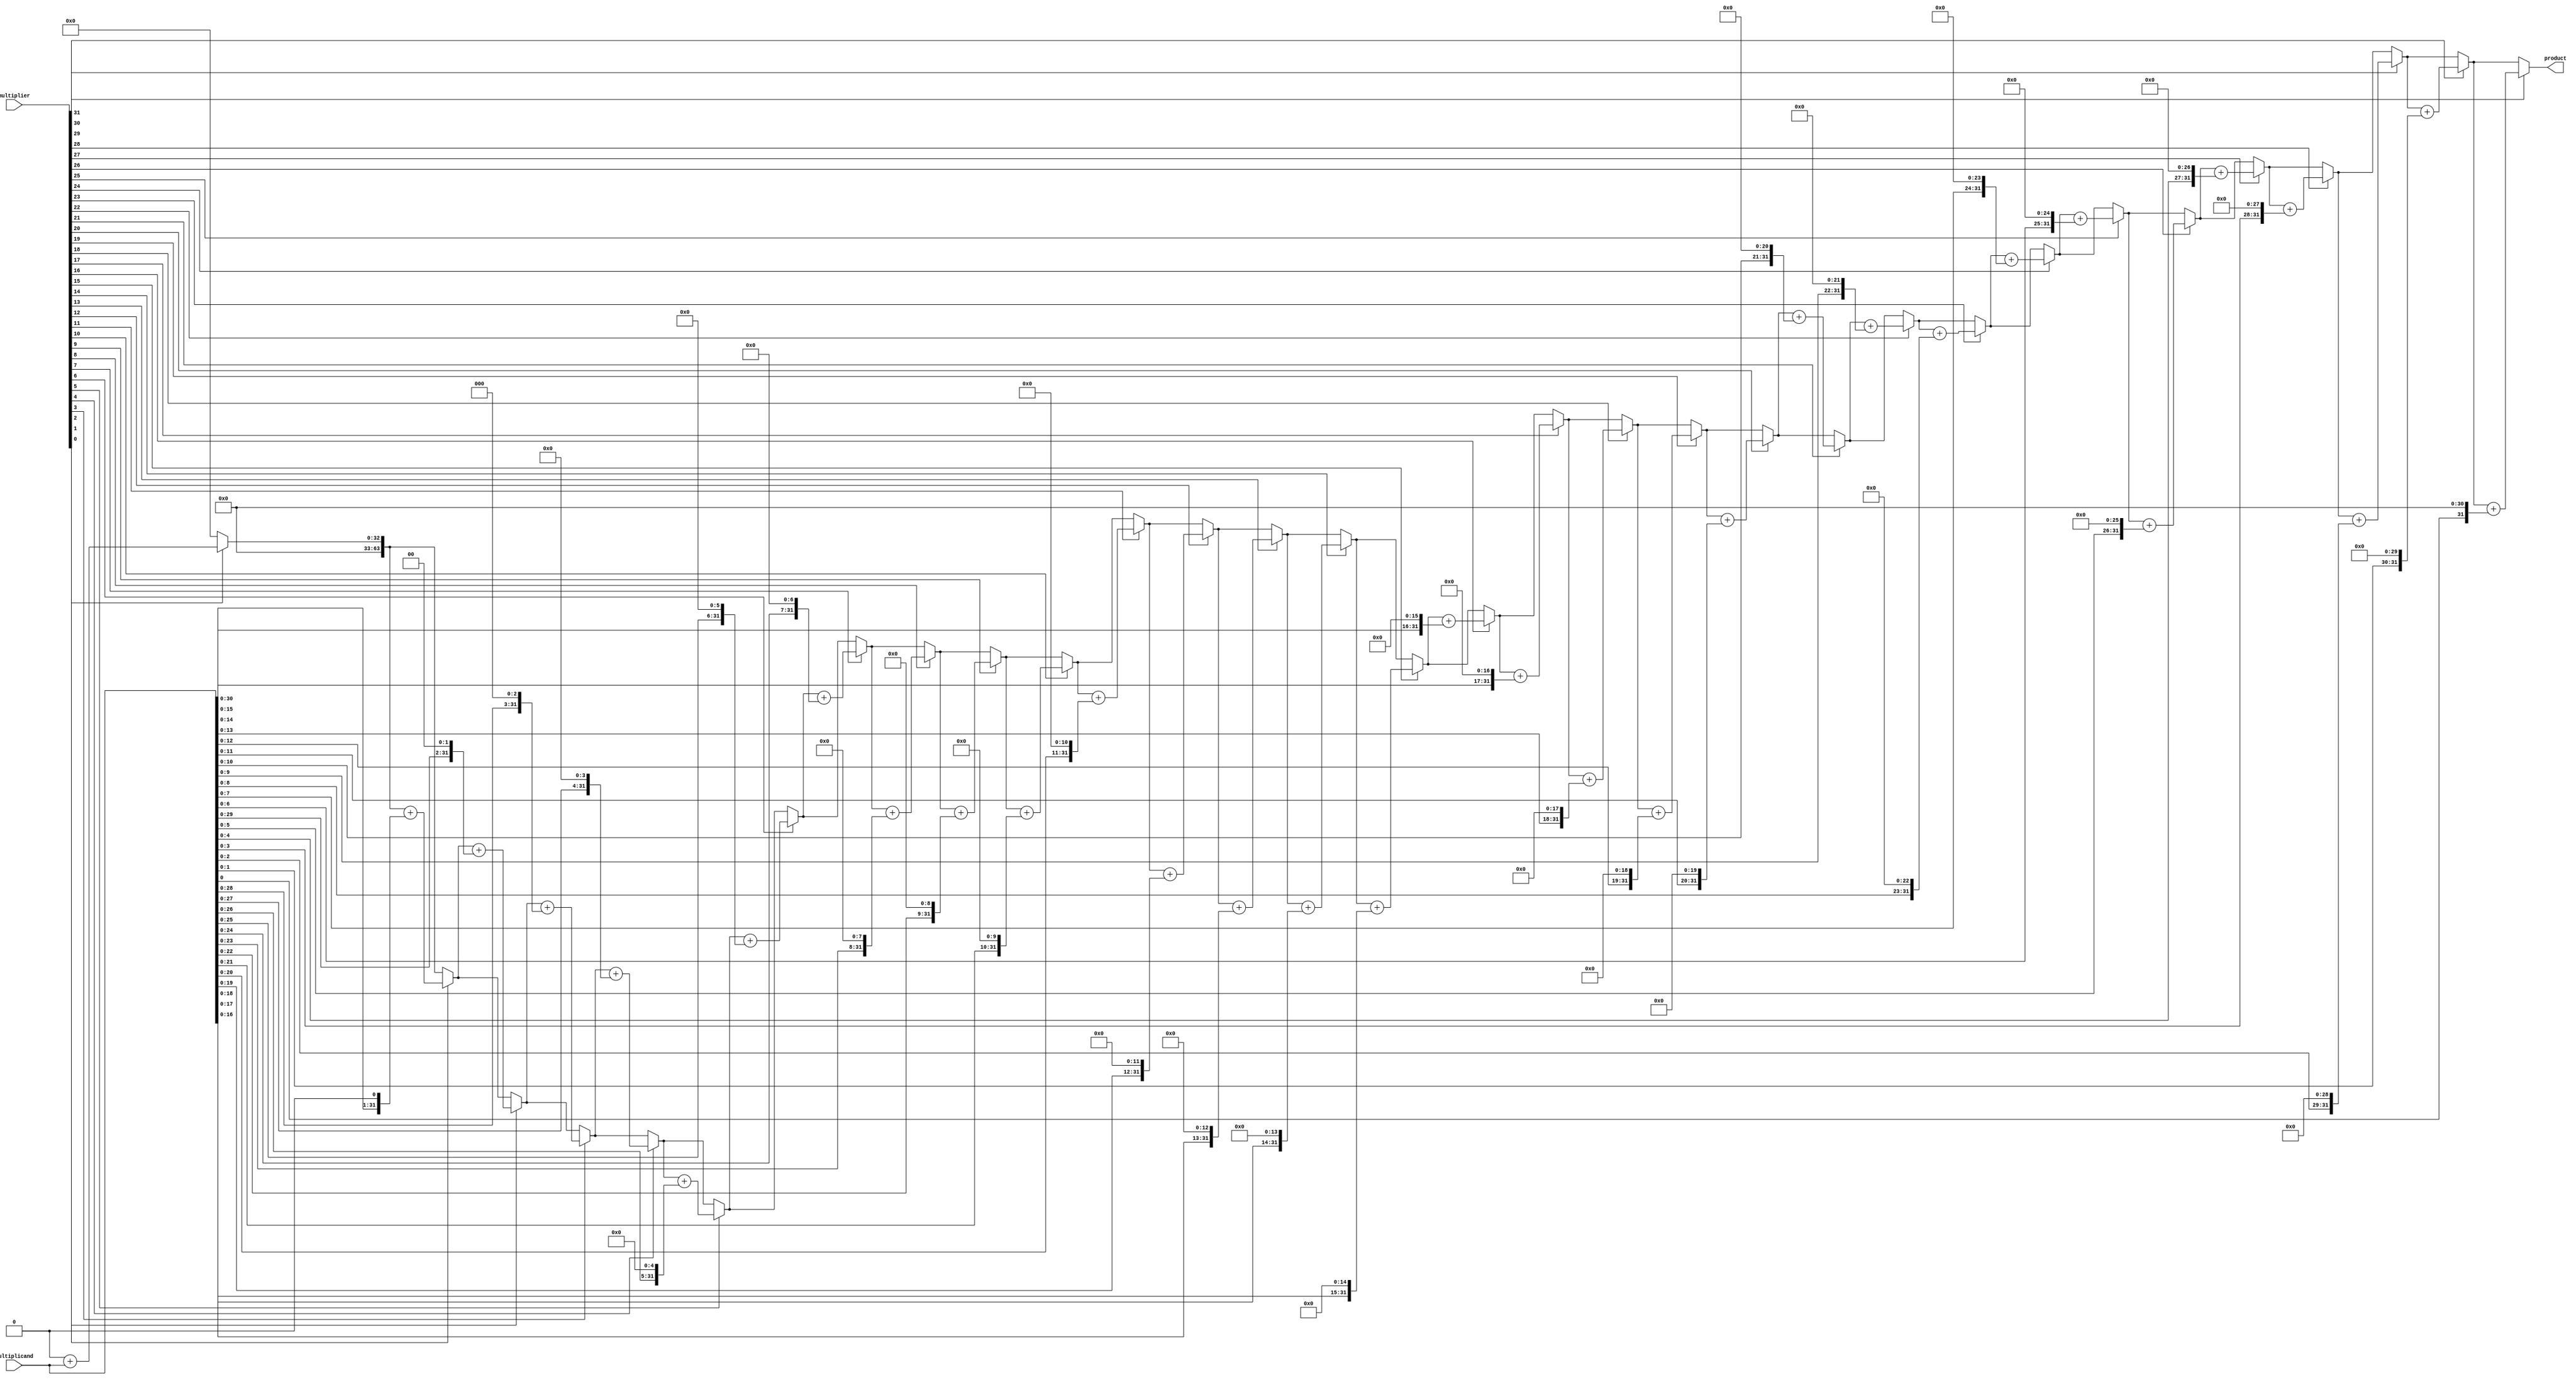
module multiplier(input [31:0] multiplier, input [31:0] multiplicand, output reg [63:0] product);
reg [31:0] a, b;
/*
the multiplier module works by shifting the multiplicand by 1 each iteration of a loop that runs 32 times and adds the multiplicand to the product every time a certain bit of the multiplier is equal to 1. The multiplier is iterated from the LSB to the MSB.
*/
	integer i; //counter variable

	always @*
	begin 
		product = 0;
		a = multiplier;
		b = multiplicand;
		for(i = 0; i < 32; i = i + 1)
		begin 
			if(a[0] == 1)
				begin
					product = product + b; //only if bit=1 
					b = b << 1; 
					a = a >> 1;
				end
			else
				//shifts multiplicand by 1 each iteration
				begin
					b = b << 1; 
					a = a >> 1;
				end
		end
	end
endmodule